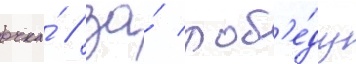
очка́ / за́ поб'е́ду